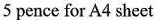
5 pence for A4 sheet